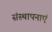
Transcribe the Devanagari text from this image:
संस्थापनाएं